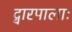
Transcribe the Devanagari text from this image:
द्वारपालाः